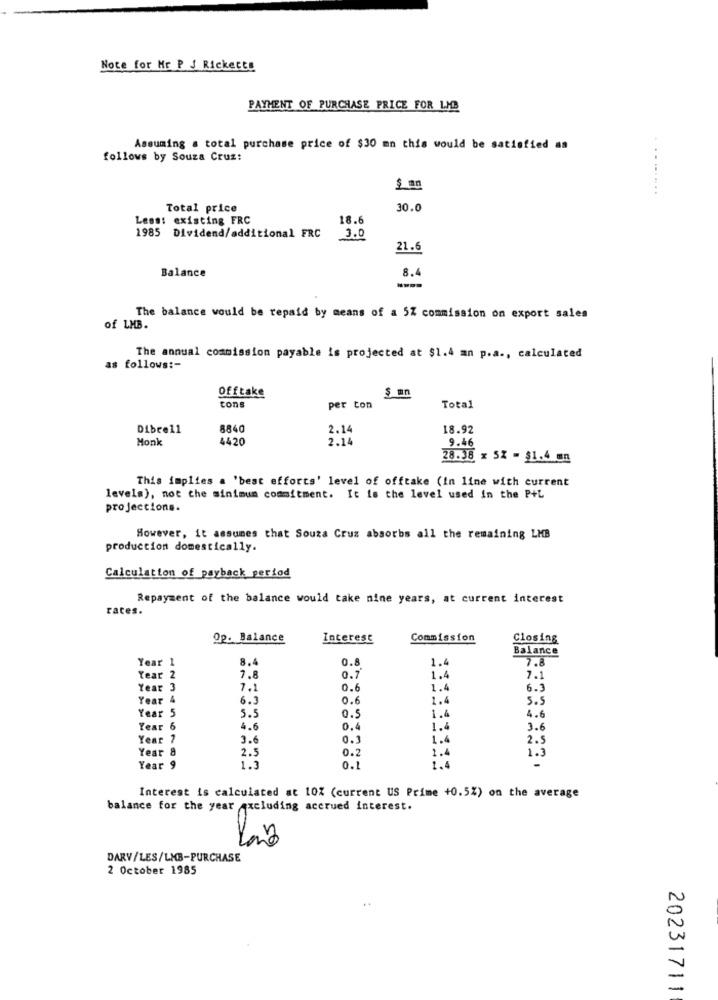
Note for Mr P J Ricketts
PAYMENT OF PURCHASE PRICE FOR LMB
Assuming a total purchase price of $30 mn this would be satisfied as
follows by Souza Cruz:
$ an
.........
Total price
30.0
Less: existing FRC
1985 Dividend/additional FRC
18.6
3. 0
21.6
Balance
8.4
The balance would be repaid by means of a 5% commission on export sales
of LMB.
The annual commission payable is projected at $1.4 an p.a ., calculated
as follows :-
Offtake
$ mn
tons
per ton
Total
Dibre11
8840
2.14
18.92
Monk
4420
2.14
9.46
28.38 x 5% = $1.4 mn
This implies a 'best efforts' level of offtake (In line with current
levels), not the minimum commitment. It is the level used in the P+L
projections.
However, it assumes that Souza Cruz absorbs all the remaining LMB
production domestically.
Calculation of payback period
Repayment of the balance would take nine years, at current interest
rates.
Op. Balance
Interest
Commission
Closing
Balance
Year 1
8.4
0.8
1.4
7.8
Year 2
7.8
0.7
1.4
7.1
Year 3
7.1
0.6
1.4
6.3
Year 4
6.3
0.6
1.4
5.5
Year 5
5.5
0.5
1.4
4.6
Year 6
4.6
0.4
1.4
3.6
Year ?
3.6
0.3
1.4
2.5
Year 8
2.5
1.4
0.2
1.3
Year 9
1.3
0.1
1.4
Interest is calculated at 10% (current US Prime +0.5%) on the average
balance for the year excluding accrued interest.
DARV/LES/LMB-PURCHASE
2 October 1985
20231711